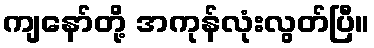
ကျနော်တို့ အကုန်လုံးလွတ်ပြီ။